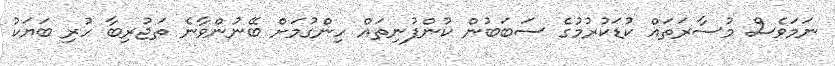
ނަމަވެސް މުސާރަތައް ކުޑަކުރުމުގެ ސަބަބުން ކުންފުނިތައް ހިންގުމަށް ބޭނުންވާނެ ތަޖުރިބާ ހުރި ބަޔަކު